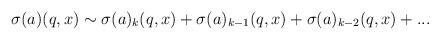
LaTeX: \begin{align*}\sigma (a)(q,x) \sim \sigma (a)_k(q,x)+ \sigma (a)_{k-1}(q,x)+ \sigma (a)_{k-2}(q,x)+...\end{align*}